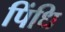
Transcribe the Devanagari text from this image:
पिंधि